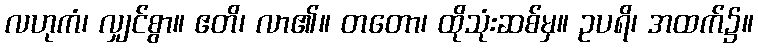
လဟုကံ၊ လျှင်စွာ။ ဧတိ၊ လာ၏။ တတော၊ ထိုသုံးဆစ်မှ။ ဥပရိ၊ အထက်၌။